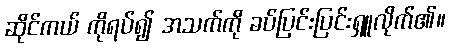
ဆိုင်ကယ် ကိုရပ်၍ အသက်ကို ခပ်ပြင်းပြင်းရှူလိုက်၏။